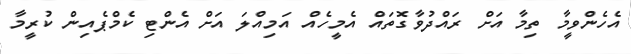
އެހެންވީމާ ތިމާ އަށް ރައްދުވާގޮތައް އެމީހެއް އަމިއްލަ އަށް އެންޓި ކެމްޕެއިން ކުރީމާ